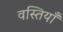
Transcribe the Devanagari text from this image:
वस्तियाँ